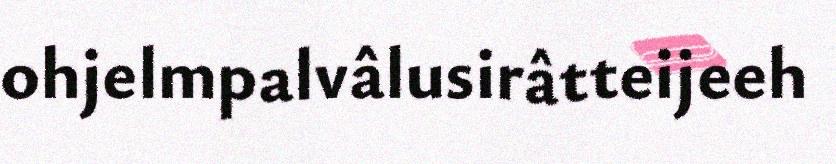
ohjelmpalvâlusirâtteijeeh